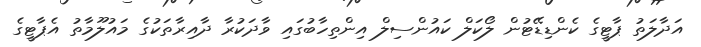
އަދާލަތު ޕާޓީގެ ކެންޑިޑޭޓުން ލޯކަލް ކައުންސިލް އިންތިހާބުގައި ވާދަކުރާ ދާއިރާތަކުގެ މައުލޫމާތު އެޕާޓީގެ